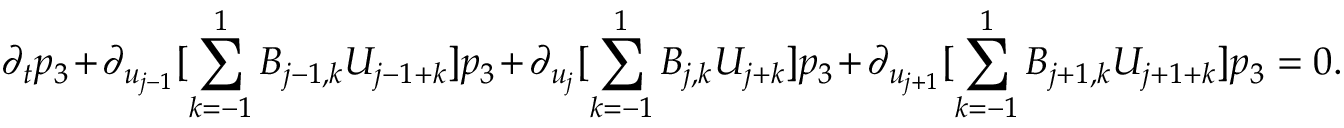
\partial _ { t } p _ { 3 } + \partial _ { u _ { j - 1 } } [ \sum _ { k = - 1 } ^ { 1 } B _ { j - 1 , k } U _ { j - 1 + k } ] p _ { 3 } + \partial _ { u _ { j } } [ \sum _ { k = - 1 } ^ { 1 } B _ { j , k } U _ { j + k } ] p _ { 3 } + \partial _ { u _ { j + 1 } } [ \sum _ { k = - 1 } ^ { 1 } B _ { j + 1 , k } U _ { j + 1 + k } ] p _ { 3 } = 0 .